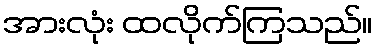
အားလုံး ထလိုက်ကြသည်။